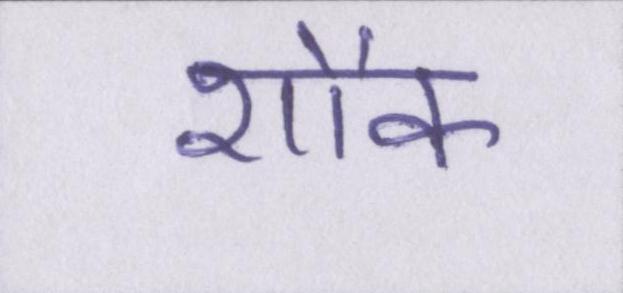
शौक